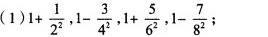
(1)1+ \frac{1}{2^{2}},1- \frac{3}{4^{2}},1+ \frac{5}{6^{2}},1- \frac{7}{8^{2}};